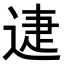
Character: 𨓰